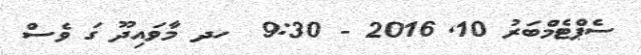
ސެޕްޓެމްބަރު 10